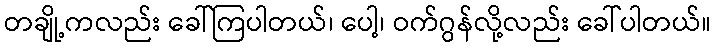
တချို့ကလည်း ခေါ်ကြပါတယ်၊ ပေါ့၊ ဝက်ဂွန်လို့လည်း ခေါ်ပါတယ်။